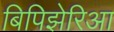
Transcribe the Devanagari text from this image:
बिपिझेरिआ